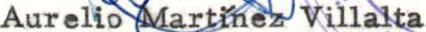
Aurelio Martinez Villalta